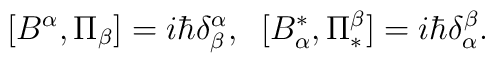
\lbrack B^{\alpha},\Pi_{\beta}]=i\hbar\delta_{\beta}^{\alpha},\;\;[B_{\alpha}^{\ast},\Pi_{\ast}^{\beta}]=i\hbar\delta_{\alpha}^{\beta}.